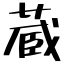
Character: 蔵